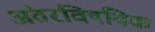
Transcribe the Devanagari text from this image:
अंतरविषयिक